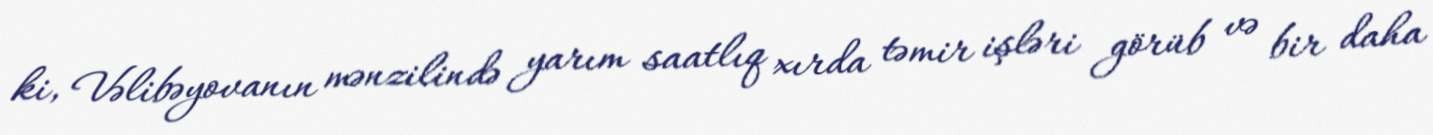
ki, Vəlibəyovanın mənzilində yarım saatlıq xırda təmir işləri görüb və bir daha